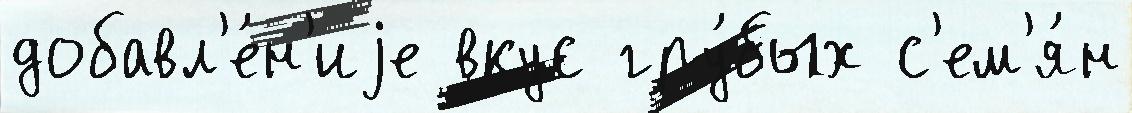
добавл'е́н'иjе вкус гру́бых с'ем'я́н